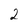
Character: 2